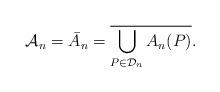
LaTeX: \begin{align*}\mathcal{A}_n = \bar{A}_n = \overline{\bigcup_{P\in\mathcal{D}_n} {A}_n(P)}.\end{align*}